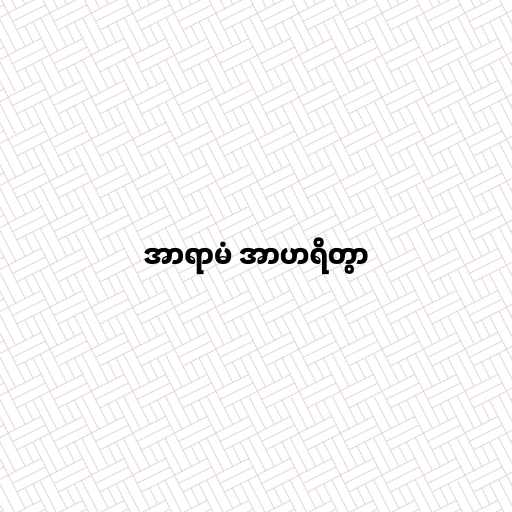
အာရာမံ အာဟရိတွာ